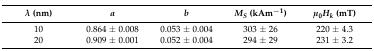
| λ (nm) | a | b | MS (kAm−1) | μ0Hk (mT) |
 | --- | --- | --- | --- | --- |
 | 10 | 0.864 ± 0.008 | 0.053 ± 0.004 | 303 ± 26 | 220 ± 4.3 |
 | 20 | 0.909 ± 0.001 | 0.052 ± 0.004 | 294 ± 29 | 231 ± 3.2 |